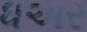
ધઅર